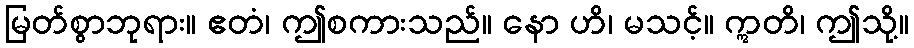
မြတ်စွာဘုရား။ ဧတံ၊ ဤစကားသည်။ နော ဟိ၊ မသင့်။ ဣတိ၊ ဤသို့။